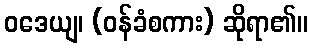
ဝဒေယျ၊ (ဝန်ခံစကား) ဆိုရာ၏။